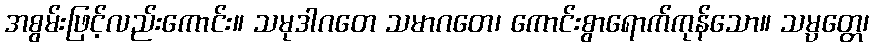
အစွမ်းဖြင့်လည်းကောင်း။ သမုဒါဂတေ သမာဂတေ၊ ကောင်းစွာရောက်ကုန်သော။ သမ္ပတ္တေ၊